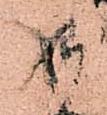
御